Madras plague regulations in force outside the Presidency town - Volume 3
Disease focus: Plague
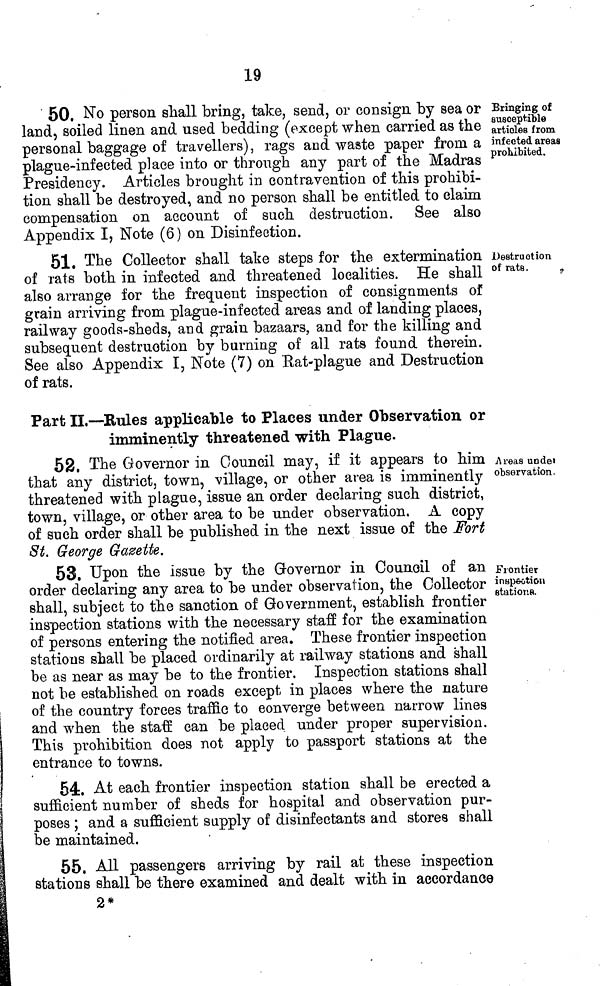
19
Bringing of
susceptible
articles from
infected areas
prohibited.
50, No person shall bring, take, send, or consign by sea or
land, soiled linen and used bedding (except when carried as the
personal baggage of travellers), rags and waste paper from a
plague-infected place into or through any part of the Madras
Presidency. Articles brought in contravention of this prohibi-
tion shall be destroyed, and no person shall be entitled to claim
compensation on account of such destruction. See also
Appendix I, Note (6) on Disinfection.
Destruction
of rats.
y
51. The Collector shall take steps for the extermination
of rats both in infected and threatened localities. He shall
also arrange for the frequent inspection of consignments of
grain arriving from plague-infected areas and of landing places,
railway goods-sheds, and grain bazaars, and for the killing and
subsequent destruction by burning of all rats found therein.
See also Appendix I, Note (7) on Rat-plague and Destruction
of rats.
Part II.—Rules applicable to Places under Observation or
imminently threatened with Plague.
Areas under
observation.
52. The Governor in Council may, if it appears to him
that any district, town, village, or other area is imminently
threatened with plague, issue an order declaring such district,
town, village, or other area to be under observation. A copy
of such order shall be published in the next issue of the Fort
St. George Gazette.
Frontier
inspection
stations.
53. Upon the issue by the Governor in Council of an
order declaring any area to be under observation, the Collector
shall, subject to the sanction of Government, establish frontier
inspection stations with the necessary staff for the examination
of persons entering the notified area. These frontier inspection
stations shall be placed ordinarily at railway stations and shall
be as near as may be to the frontier. Inspection stations shall
not be established on roads except in places where the nature
of the country forces traffic to converge between narrow lines
and when the staff can be placed under proper supervision.
This prohibition does not apply to passport stations at the
entrance to towns.
54. At each frontier inspection station shall be erected a
sufficient number of sheds for hospital and observation pur-
poses ; and a sufficient supply of disinfectants and stores shall
be maintained.
55. All passengers arriving by rail at these inspection
stations shall be there examined and dealt with in accordance
2*